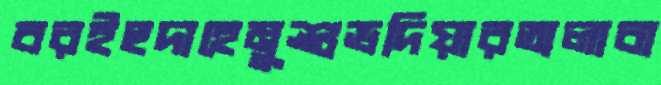
বরইহুদাহেমুশুভদিয়ারতালাবা